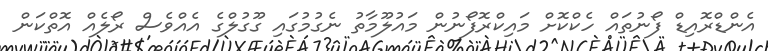
އެންޑްރޮއިޑް ފޯނުތައް ހެކްކޮށް މައިކްރޮފޯނުން މައުލޫމާތު ނެގުމުގައި ގޫގުލްގެ އެއްވެސް ރޯލެއް އޮތްކަން